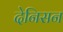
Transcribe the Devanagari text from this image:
देनिसन